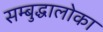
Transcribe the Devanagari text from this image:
सम्बुद्धालोका